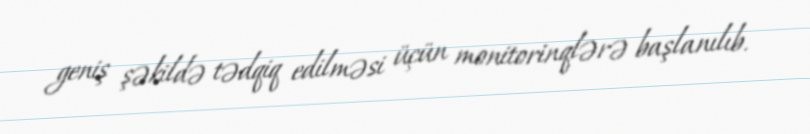
geniş şəkildə tədqiq edilməsi üçün monitorinqlərə başlanılıb.